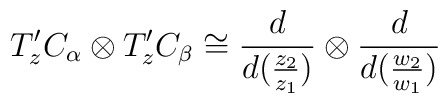
T^{\prime}_{z}C_{\alpha}\otimes T^{\prime}_{z}C_{\beta}\cong \frac{d}{d(\frac{z_{2}}{z_{1}})}\otimes\frac{d}{d(\frac{w_{2}}{w_{1}})}